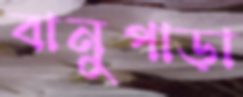
বানুপাড়া